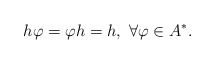
\begin{align*} h\varphi=\varphi h=h,\ \forall \varphi\in A^*.\end{align*}